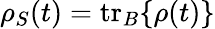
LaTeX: \rho_{S}(t)=\mathrm{tr}_{B}\{ \rho(t)\}